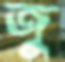
জু